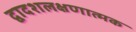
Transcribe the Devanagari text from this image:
द्वादशलक्षणात्मक